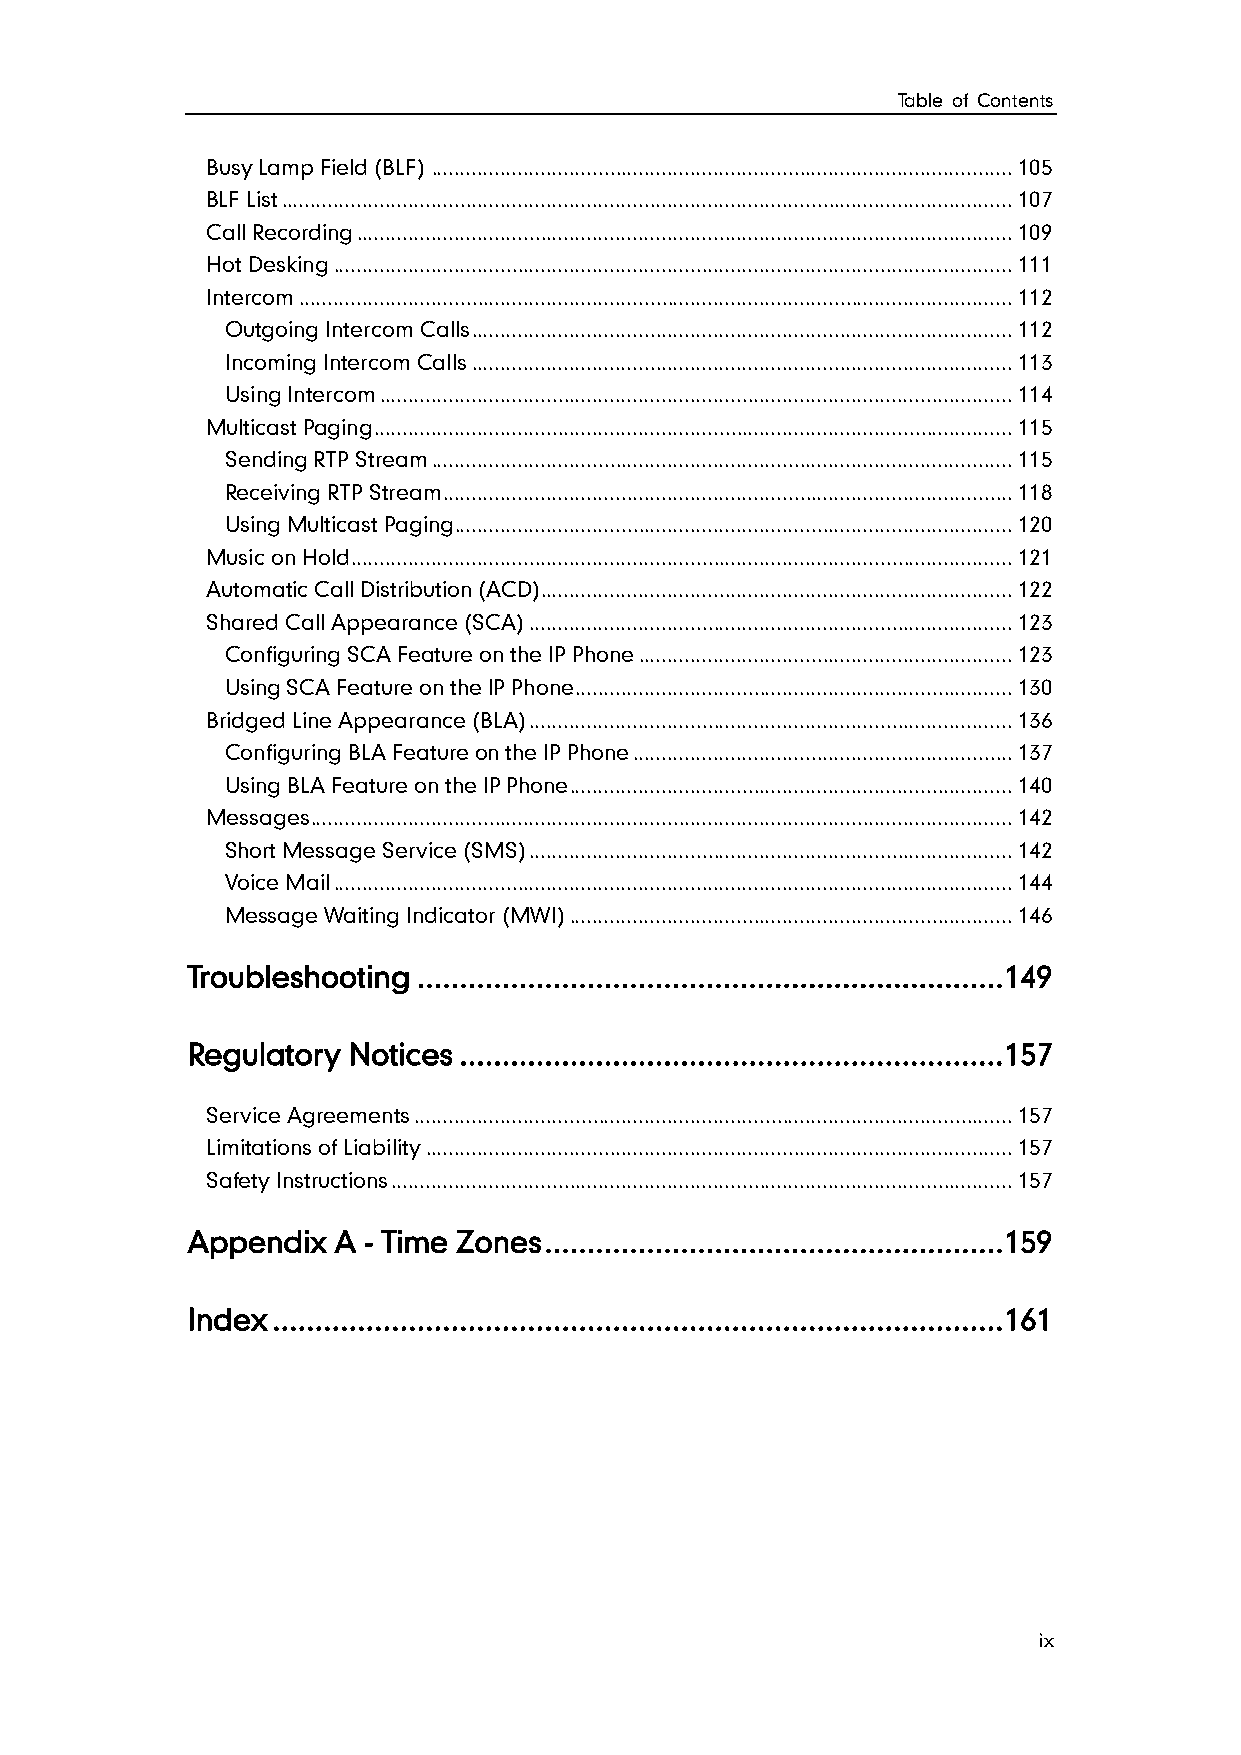
Table of Contents
 Busy Lamp Field (BLF) ..................................................................................................... 105
 BLF List ............................................................................................................................... 107
 Call Recording .................................................................................................................. 109
 Hot Desking ...................................................................................................................... 111
 Intercom ............................................................................................................................ 112
 Outgoing Intercom Calls .............................................................................................. 112
 Incoming Intercom Calls .............................................................................................. 113
 Using Intercom .............................................................................................................. 114
 Multicast Paging ............................................................................................................... 115
 Sending RTP Stream ..................................................................................................... 115
 Receiving RTP Stream ................................................................................................... 118
 Using Multicast Paging ................................................................................................. 120
 Music on Hold ................................................................................................................... 121
 Automatic Call Distribution (ACD).................................................................................. 122
 Shared Call Appearance (SCA) .................................................................................... 123
 Configuring SCA Feature on the IP Phone ................................................................. 123
 Using SCA Feature on the IP Phone ............................................................................ 130
 Bridged Line Appearance (BLA) .................................................................................... 136
 Configuring BLA Feature on the IP Phone .................................................................. 137
 Using BLA Feature on the IP Phone ............................................................................. 140
 Messages .......................................................................................................................... 142
 Short Message Service (SMS) .................................................................................... 142
 Voice Mail ...................................................................................................................... 144
 Message Waiting Indicator (MWI) ............................................................................. 146
 Troubleshooting .....................................................................149
 Regulatory Notices ................................................................157
 Service Agreements ........................................................................................................ 157
 Limitations of Liability ...................................................................................................... 157
 Safety Instructions ............................................................................................................ 157
 Appendix  A - Time Zones ......................................................159
 Index ......................................................................................161
 ix